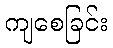
ကျစေခြင်း